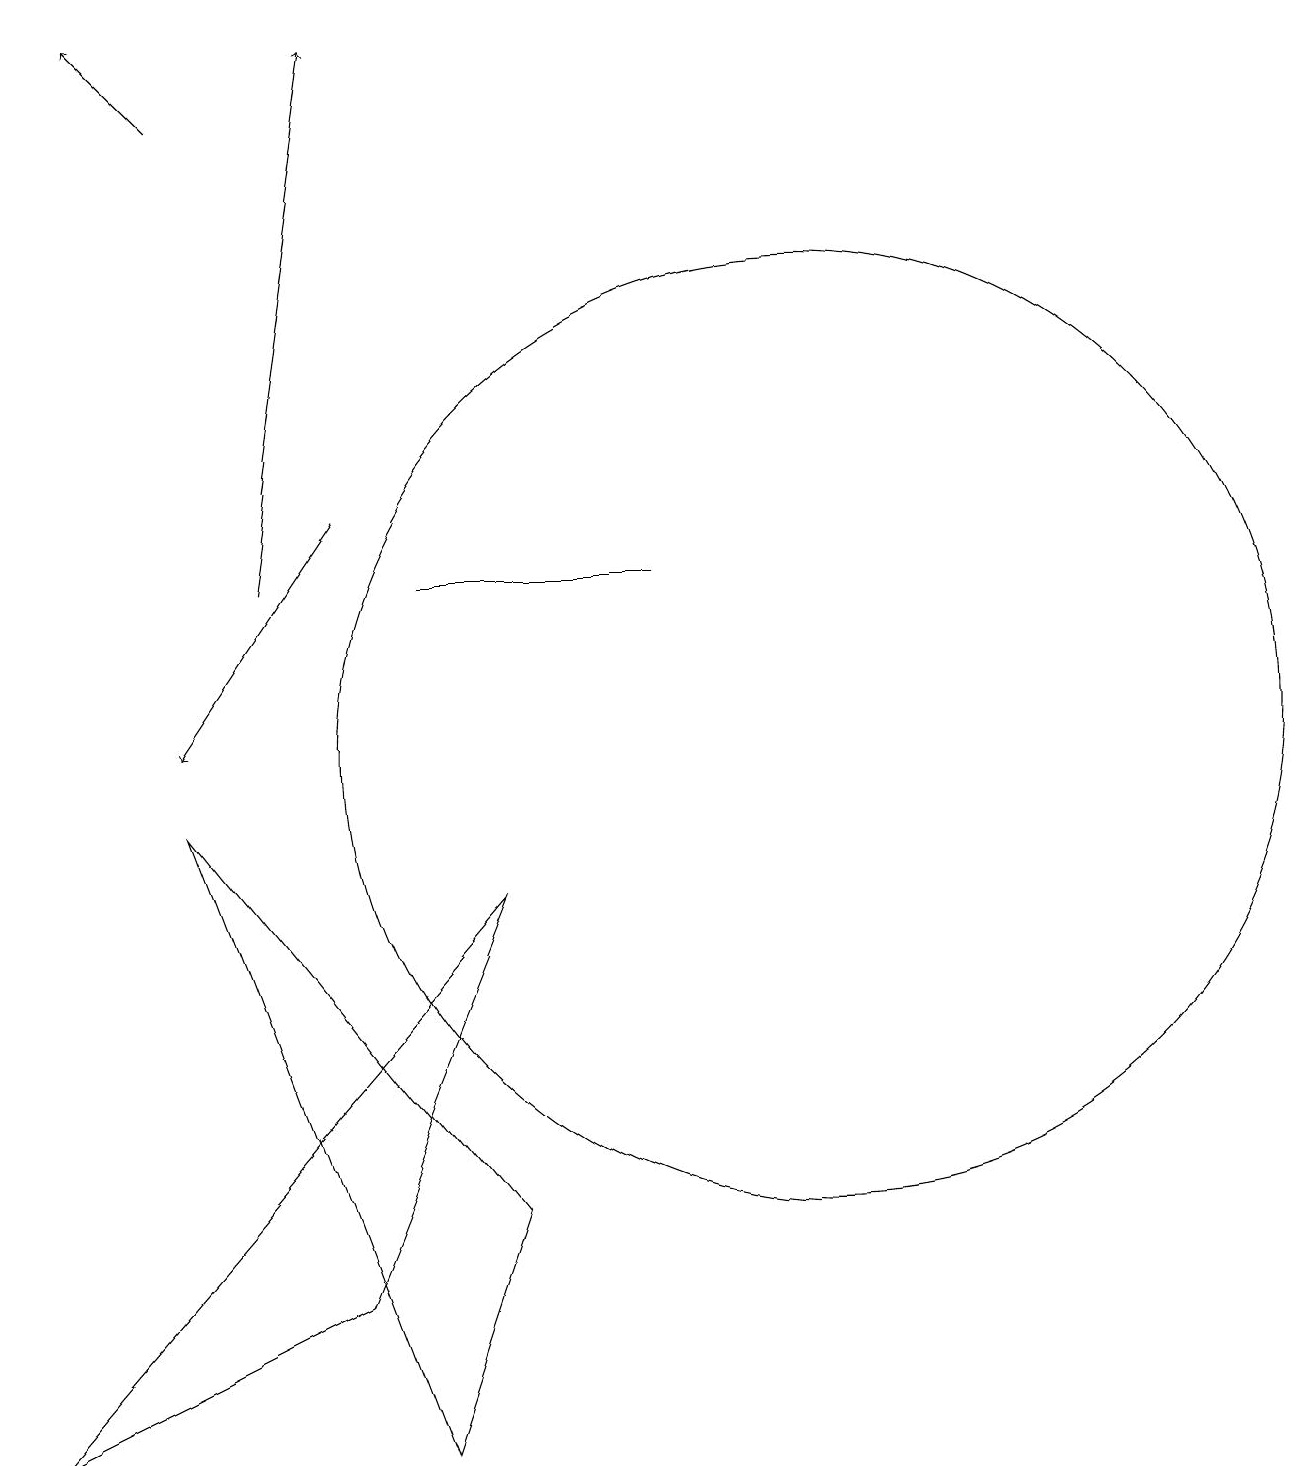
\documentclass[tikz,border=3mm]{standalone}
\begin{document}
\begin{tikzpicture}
\draw (11,10) circle (6);
\draw[->] (5,13) -- (3,10);
\draw (6,1) -- (7,4) -- (3,9) -- cycle;
\draw[->] (4,12) -- (5,19);
\draw[->] (3,18) -- (2,19);
\draw (7,8) -- (1,1) -- (5,3) -- cycle;
\draw (6,12) rectangle (9,12);
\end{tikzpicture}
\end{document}